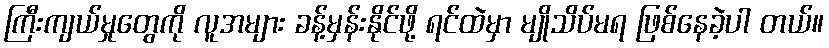
ကြီးကျယ်မှုတွေကို လူအများ ခန့်မှန်းနိုင်ဖို့ ရင်ထဲမှာ မျိုသိပ်မရ ဖြစ်နေခဲ့ပါ တယ်။